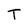
Character: T